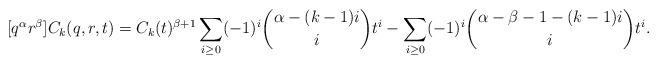
LaTeX: \begin{align*} [q^\alpha r^\beta]C_k(q,r,t) = C_k(t)^{\beta+1} \sum_{i \geq 0} (-1)^i \binom{\alpha - (k-1)i}{i} t^i - \sum_{i \geq 0} (-1)^i \binom{\alpha - \beta - 1 - (k-1)i}{i} t^i.\end{align*}